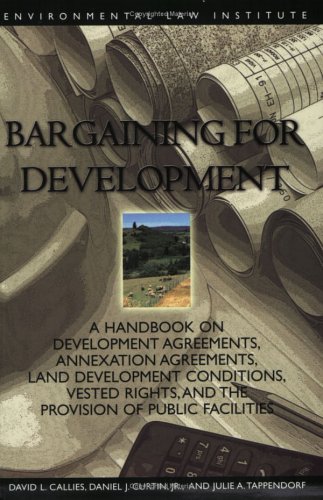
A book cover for Bargaining for Development:  A Handbook on Development Agreements, Annexation Agreements, Land Development Conditions, Vested Rights, and the Provision of Public Facilities; David Callies; Law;